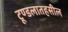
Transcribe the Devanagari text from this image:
टूण्डलातहसील